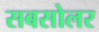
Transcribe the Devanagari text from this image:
सबसोलर